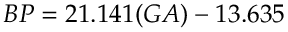
B P = 2 1 . 1 4 1 ( G A ) - 1 3 . 6 3 5